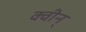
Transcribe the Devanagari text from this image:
क्वीन्